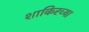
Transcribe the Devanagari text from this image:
शाकिरच्या